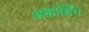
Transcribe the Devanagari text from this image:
अकार्डिंग